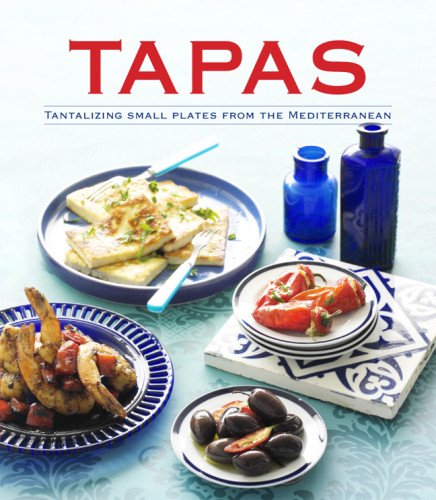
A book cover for Tapas: Tantalizing Small Plates from the Mediterranean; Pamela Clark; Cookbooks, Food & Wine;